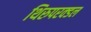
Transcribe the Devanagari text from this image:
थिरुपरक्डल